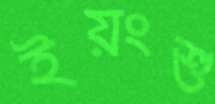
ইয়ংশু